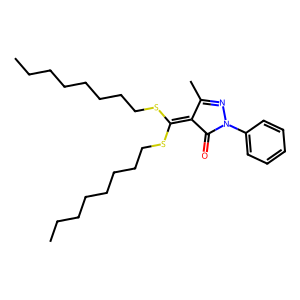
SMILES: CCCCCCCCSC(SCCCCCCCC)=C1C(=O)N(c2ccccc2)N=C1C
Inhibits HIV replication: No